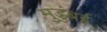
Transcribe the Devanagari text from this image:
मुडुंबई